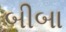
બીબા